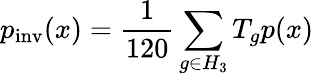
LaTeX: p_{\mathrm{inv}}(x)=\frac{1}{120}\sum_{g\in H_{3}}T_{g}p(x)